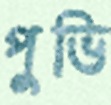
পুভি